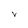
Character: V